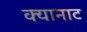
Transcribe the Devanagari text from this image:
क्यानाट